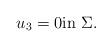
LaTeX: \begin{align*}u_3=0 \mbox{in} \ \Sigma.\end{align*}